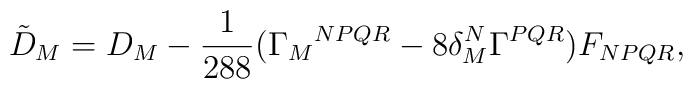
{\tilde D}_{M}=D_{M}-\frac{1}{288}(\Gamma_M{}^{NPQR}-8\delta_M^N\Gamma^{PQR})F_{NPQR},